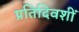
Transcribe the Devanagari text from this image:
प्रतिदिवशीं